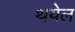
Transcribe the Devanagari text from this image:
थयेल